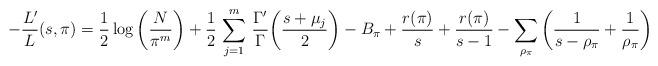
LaTeX: \begin{align*}- \frac{L'}{L}(s,\pi) = \frac12\log\left(\frac{N}{\pi^m}\right)+ \frac12 \, \sum_{j=1}^m \, \frac{\Gamma'}{\Gamma}\!\left( \frac{s + \mu_j}{2}\right) - B_\pi + \frac{r(\pi)}{s} + \frac{r(\pi)}{s-1} - \sum_{\rho_{\pi}} \left( \frac{1}{s-\rho_{\pi}} + \frac{1}{\rho_{\pi}}\right)\end{align*}